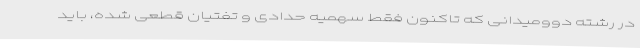
در رشته دوومیدانی که تاکنون فقط سهمیه حدادی و تفتیان قطعی شده، باید